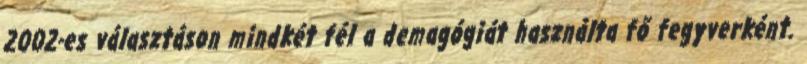
2002-es választáson mindkét fél a demagógiát használta fő fegyverként.